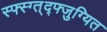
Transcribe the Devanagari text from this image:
स्फ्स्ग्त्द्फ्जुग्यित